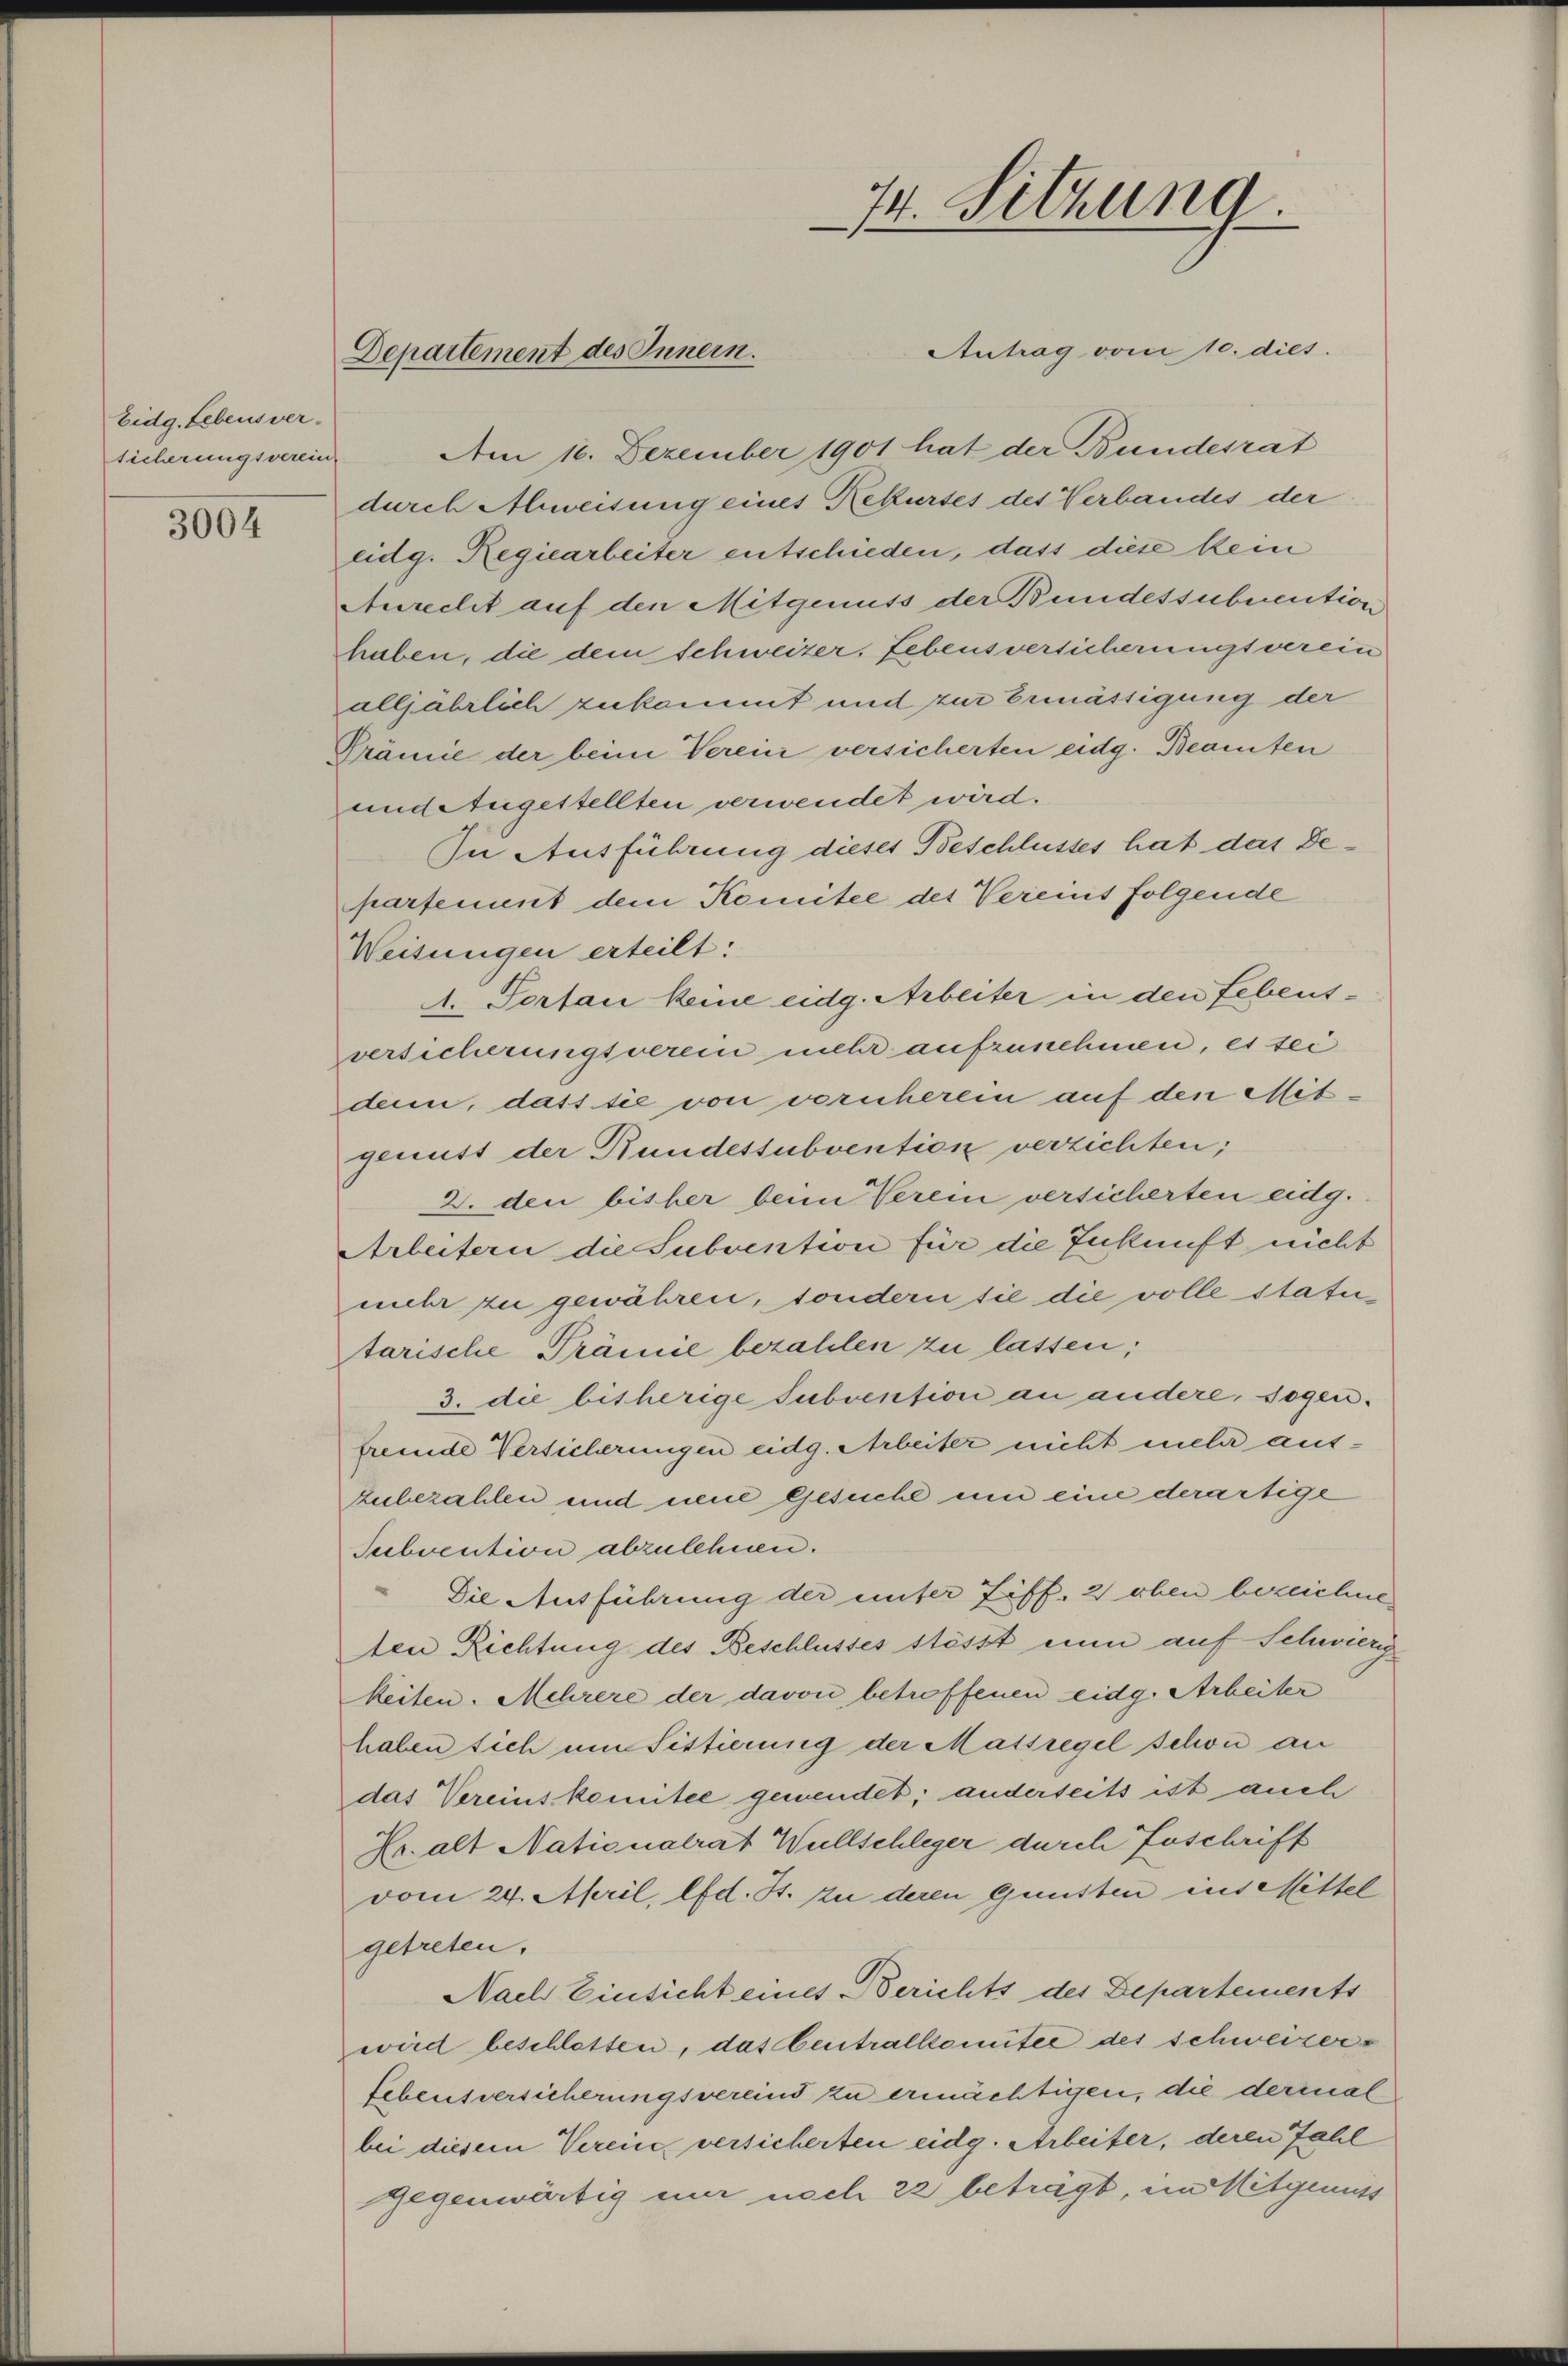
Eidg. Lebensversicherungsverein-

3004

Antrag vom 10. dies.
Am 16. Dezember 1901 hat der Bundesrat
durch Abweisung eines Rekurses des Verbandes der
eidg. Regiearbeiter entschieden, dass diese kein
Anrecht auf den Mitgenuss der Bundessubvention
haben, die dem Schweizer, Lebensversicherungsverein
alljährlich zukommt und zur Ermässigung der
Prämie der beim Verein versicherten eidg. Beamten
undetugestellten verwendet wird.
In Ausführung dieses Beschlusses hat das Departement dem Komitee des Vereins folgende
Weisungen erteilt:
A. Portan keine eidg. Arbeiter in den Lebensversicherungsverei mehr aufzunehmen, es sei
den, dass sie von vornherein auf den Mitgenitt der Bundessubvention verzichten;
2. den bisher beim Verein versicherten eidg.
Arbeitern die Subvention für die Zukunft nicht
mehr zu gewähren, sondern sie die volle statutarische Prämie bezahlen zu lassen;
3. die bisherige Subvention an andere, sogen.
fremde Versicherungen eidg. Arbeiter nicht mehr aus-
zubezahlen und neue Gesuche um eine derartige
Subvention abzulehnen.
Die Ausführung der unter Ziff. 2 oben bezeichne
den Richtung des Beschlusses stösst eine auf Schwierig
keiten. Mehrere der davon betroffenen eidg. Arbeiter
haben sich um Sistierung der Massregel schon an
das Vereinskomitee gewendet; anderseits ist auch
Fr. alt Nationalrat Willschleger durch Erschrift
vom 24. April, lfd. H. zu deren Gunsten ins Mittel
getreten.
Nach Einsicht eines Berichts des Departements
wird beschlossen, das Centralkomitee des schweizer¬
Lebensversicherungsvereind zu ermächtigen, die dermal
bei diesem Verein versicherten eidg. Arbeiter, deren Zahl
gegenwärtig nur noch 22 beträgt, im Mitgenuss

Departement des Innern.

74. Sitzung
—